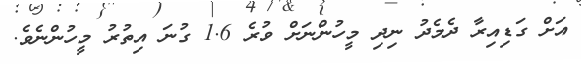
އަށް ގަޑިއިރާ ދެމެދު ނިދި މީހުންނަށް ވުރެ 1.6 ގުނަ އިތުރު މީހުންނެވެ.